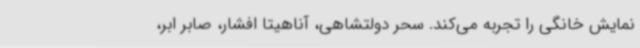
نمایش خانگی را تجربه می‌کند. سحر دولتشاهی، آناهیتا افشار، صابر ابر،